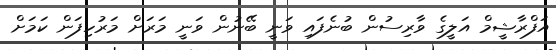
އަފްރާޝީމް އަލީގެ ވާރިސުން ބުނެފައި ވަނީ ބޭނުން ވަނީ މަރަށް މަރުހިފަން ކަމަށް